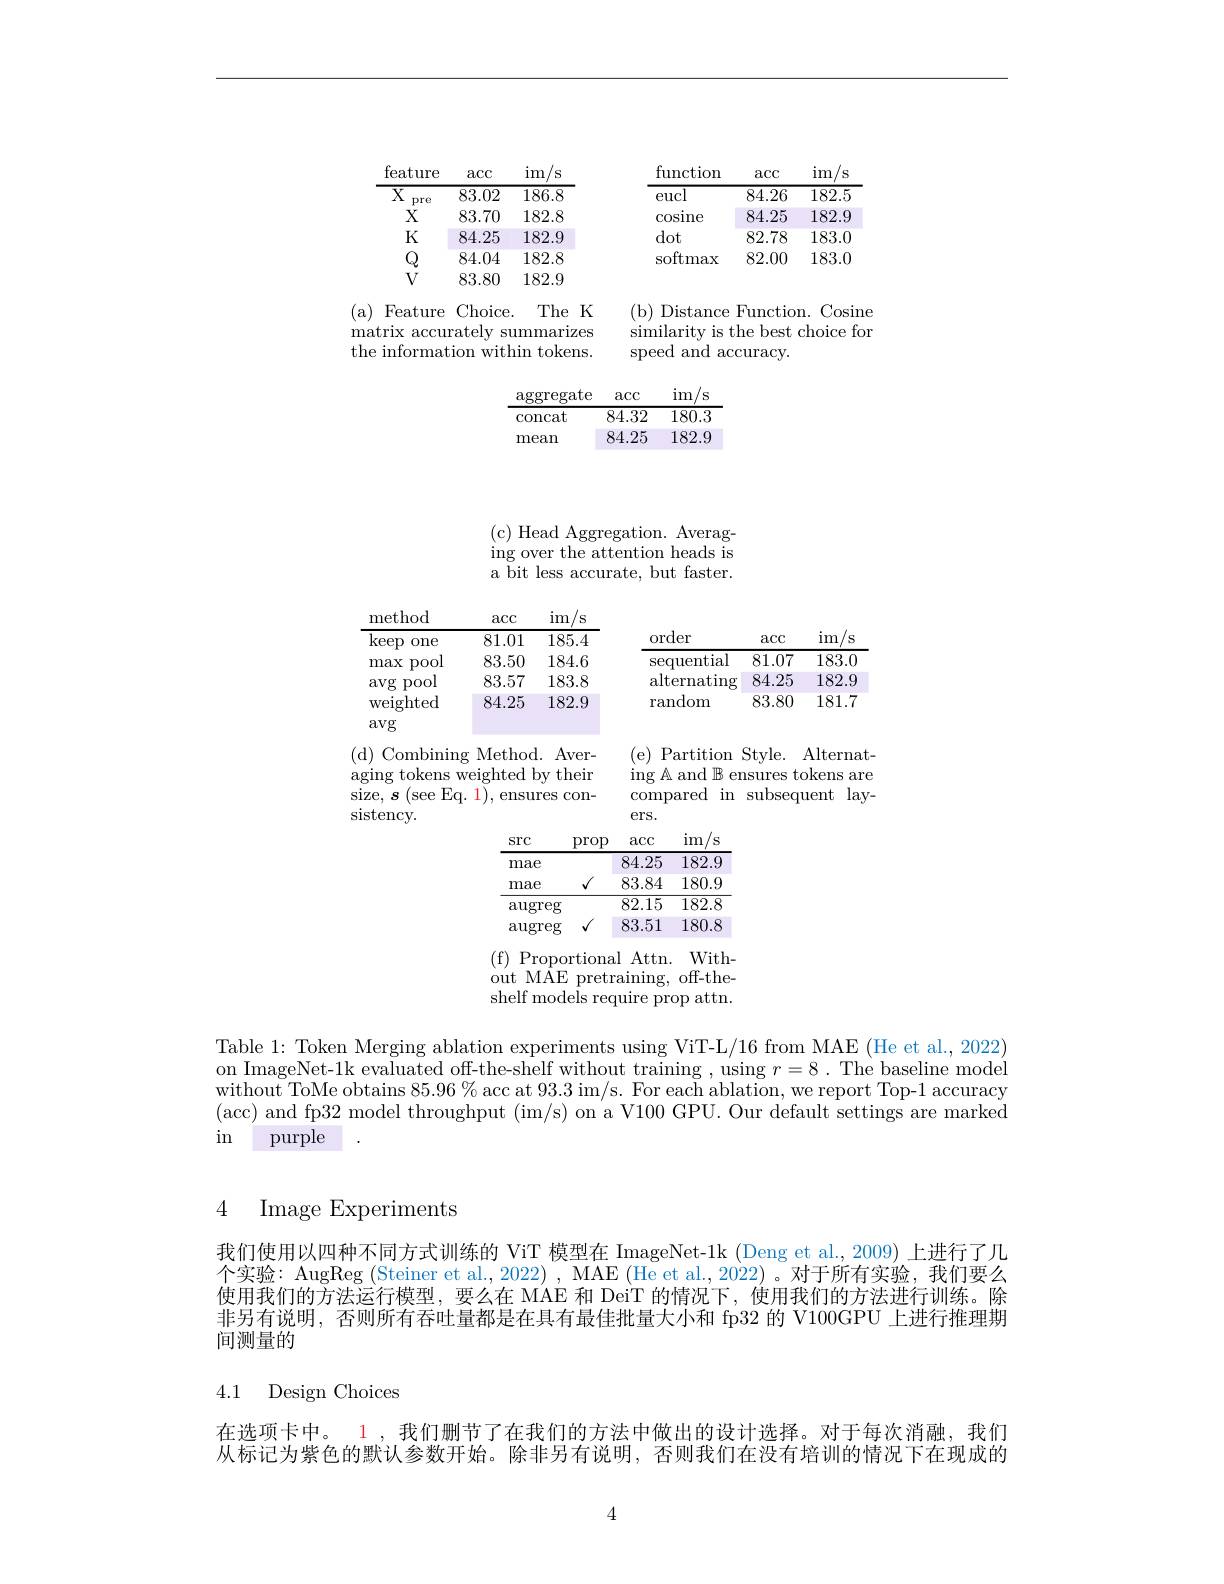
<table>
	<tbody>
		<tr>
			<th>feature</th>
			<th>aCC</th>
			<th>im /s</th>
			<th>$\operatorname{function}$</th>
			<th>acc</th>
			<th>im S</th>
		</tr>
		<tr>
			<td>$\overline{X}$ pre</td>
			<td>83.02</td>
			<td>186.8</td>
			<td>eucl</td>
			<td>84.26</td>
			<td>182.5</td>
		</tr>
		<tr>
			<td>$X$</td>
			<td>83.70</td>
			<td>182.8</td>
			<td>$\operatorname{cosine}$</td>
			<td>84.25</td>
			<td>182.9</td>
		</tr>
		<tr>
			<td>$K$</td>
			<td>84.25</td>
			<td>182.9</td>
			<td>dot</td>
			<td>82.78</td>
			<td>183.0</td>
		</tr>
		<tr>
			<td>$Q$</td>
			<td>84.04</td>
			<td>182.8</td>
			<td>$\operatorname{softmax}$</td>
			<td>82.00</td>
			<td>183.0</td>
		</tr>
		<tr>
			<td>$V$</td>
			<td>83.80</td>
			<td>182.9</td>
			<td> </td>
			<td> </td>
			<td> </td>
		</tr>
		<tr>
			<td>(a) Feature matrix $\operatorname{accul}$ the informat</td>
			<td>Choice. rately SU ion with</td>
			<td>The K ${\mathrm{mmarizes}}$ $\lim$ tokens.</td>
			<td>(b) $\operatorname{Distance}$ similarity $\cdot$is speed and $aC$</td>
			<td>Function ${\mathrm{,}}$he best Curacv.</td>
			<td>Cosin$\epsilon$ $\mathbf{n}.$ choice for</td>
		</tr>
	</tbody>
</table>

<table>
	<tbody>
		<tr>
			<th>$\operatorname{aggregate}$</th>
			<th>acc</th>
			<th>im S</th>
		</tr>
		<tr>
			<td>$\operatorname{concat}$</td>
			<td>84.32</td>
			<td>180.3</td>
		</tr>
		<tr>
			<td>mean</td>
			<td>84.25</td>
			<td>182.9</td>
		</tr>
	</tbody>
</table>

( c) Head Aggregation. Averag- $\operatorname{ing}$over the attention heads is a bit less accurate, but faster.

<table>
	<tbody>
		<tr>
			<th>$\ker$keep $0ne$</th>
			<th>81.01</th>
			<th>185.4</th>
			<th>order</th>
			<th>acc</th>
			<th>im $^{'}$s</th>
		</tr>
		<tr>
			<td>max pool</td>
			<td>83.50</td>
			<td>184.6</td>
			<td>sequentıal</td>
			<td>81.07</td>
			<td>183.0</td>
		</tr>
		<tr>
			<td>avg pool</td>
			<td>83.57</td>
			<td>183.8</td>
			<td>alternating</td>
			<td>84.25</td>
			<td>182.9</td>
		</tr>
		<tr>
			<td>weighted avg</td>
			<td>84.25</td>
			<td>182.9</td>
			<td>random</td>
			<td>83.80</td>
			<td>181.7</td>
		</tr>
	</tbody>
</table>

<table>
	<tbody>
		<tr>
			<th>mae</th>
			<th> </th>
			<th>84.25</th>
			<th>182.9</th>
		</tr>
		<tr>
			<td>mae</td>
			<td>1</td>
			<td>83.84</td>
			<td>180.9</td>
		</tr>
		<tr>
			<td>$\operatorname{augreg}$</td>
			<td> </td>
			<td>82.15</td>
			<td>$\overline{182.8}$</td>
		</tr>
		<tr>
			<td>$\operatorname{augreg}$</td>
			<td>1</td>
			<td>83.51</td>
			<td>180.8</td>
		</tr>
	</tbody>
</table>

( f) Proportional Attn. With- out MAE pretraining, off-theshelf models require prop attn.

Table 1: Token Merging ablation experiments using ViT-L/16 from MAE (He et al., 2022) on ImageNet-1k evaluated off-the-shelf without training , using $r=8.$ The baseline model without ToMe obtains $85.96\%$ acc at 93.3 im/s. For each ablation, we report Top-1 accuracy (acc) and fp32 model throughput (im/s) on a V100 GPU. Our default settings are marked in purple

### 4 Image Experiments

我们使用以四种不同方式训练的 ViT 模型在 ImageNet-1k (Deng et al., 2009) 上进行了几个实验：AugReg (Steiner et al., 2022) , MAE (He et al., 2022) 。对于所有实验，我们要么使用我们的方法运行模型，要么在 MAE 和 DeiT 的情况下，使用我们的方法进行训练。除非另有说明，否则所有吞吐量都是在具有最佳批量大小和 fp32 的 V100GPU 上进行推理期间测量的

## 4.1 Design Choices

在选项卡中。1 , 我们删节了在我们的方法中做出的设计选择。对于每次消融，我们， 从标记为紫色的默认参数开始。除非另有说明，否则我们在没有培训的情况下在现成的

4